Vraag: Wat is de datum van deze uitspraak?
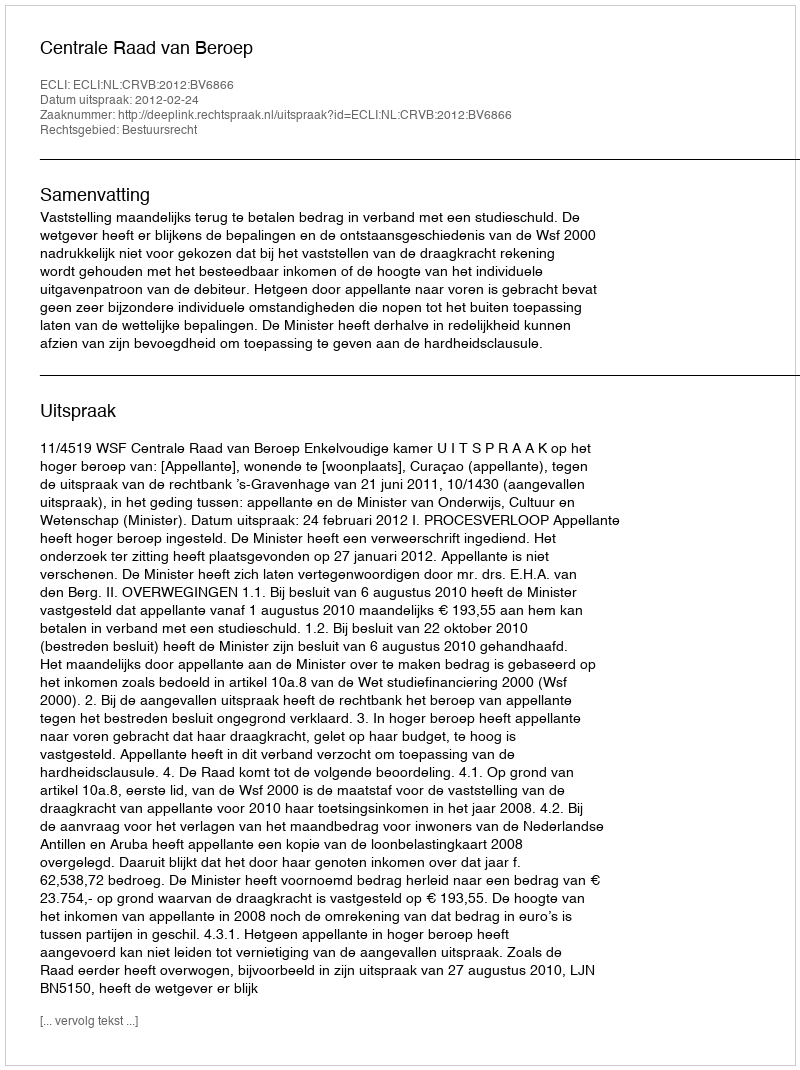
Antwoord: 2012-02-24